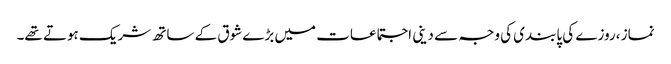
نماز ،روزے کی پابندی کی وجہ سے دینی اجتماعات میں بڑے شوق کے ساتھ شریک ہوتے تھے۔